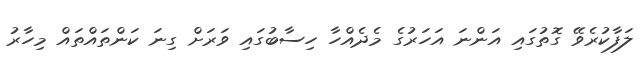
ލަފާކުރެވޭ ގޮތުގައި އަންނަ އަހަރުގެ މެދެއްހާ ހިސާބުގައި ވަރަށް ގިނަ ކަންތައްތައް މިހާރު